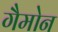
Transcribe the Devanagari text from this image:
गैमोन